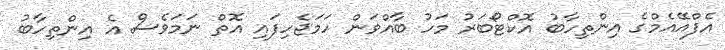
އެފްއޭއެމްގެ އިންތިހާބު އޮކްޓޯބަރު މަހު ބާއްވަން ހަމަޖެހިފައި އޮތް ނަމަވެސް އެ އިންތިހާބު